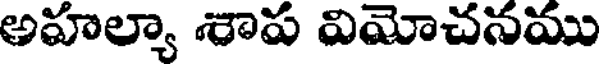
అహల్యా శాప విమోచనము